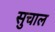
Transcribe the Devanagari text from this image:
सुचाल